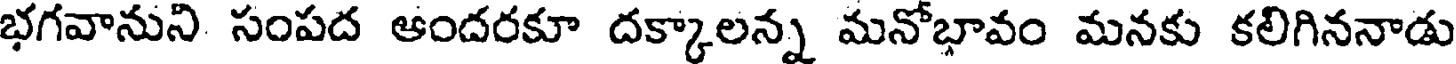
భగవానుని సంపద ఆందరకూ దక్కాలన్న మనోభావం మనకు కలిగిననాడు